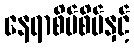
နေရာစိပ်စိပ်နှင့်